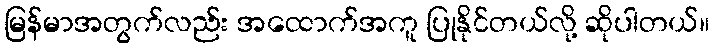
မြန်မာအတွက်လည်း အထောက်အကူ ပြုနိုင်တယ်လို့ ဆိုပါတယ်။